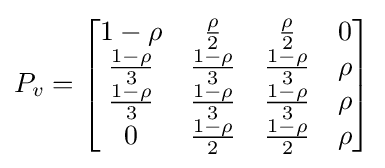
P_{v}={\begin{bmatrix}1-\rho &{\frac {\rho }{2}}&{\frac {\rho }{2}}&0\\{\frac {1-\rho }{3}}&{\frac {1-\rho }{3}}&{\frac {1-\rho }{3}}&\rho \\{\frac {1-\rho }{3}}&{\frac {1-\rho }{3}}&{\frac {1-\rho }{3}}&\rho \\0&{\frac {1-\rho }{2}}&{\frac {1-\rho }{2}}&\rho \\\end{bmatrix}}